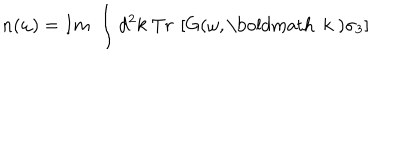
LaTeX: n ( \omega ) = I m \; \int d ^ { 2 } k \; T r \: \left[ G ( \omega , \mathrm { \boldmath ~ k ~ } ) \sigma _ { 3 } \right]